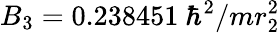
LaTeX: B_{3}=0.238451~\hbar^{2}/mr_{2}^{2}